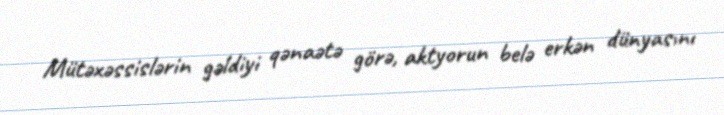
Mütəxəssislərin gəldiyi qənaətə görə, aktyorun belə erkən dünyasını